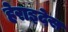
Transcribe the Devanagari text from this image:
हेराइदेस